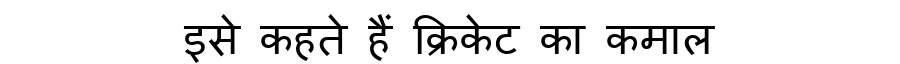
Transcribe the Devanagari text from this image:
इसे कहते हैं क्रिकेट का कमाल